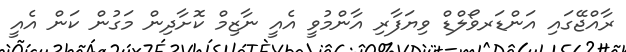
ރާއްޖޭގައި އަންޑަރވޯލްޑް ވިޔަފާރި އާންމުވީ އެއީ ނާޒިމް ކޮށާދިން މަގުން ކަން އެއީ